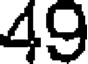
49